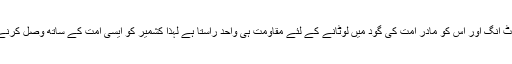
یہ امت مسلمہ کا جز لاینفک ہے نہ ہندوستان کا اٹوٹ انگ اور اس کو مادر امت کی گود میں لوٹانے کے لئے مقاومت ہی واحد راستا ہے لہذا کشمیر کو ایسی امت کے ساتھ وصل کرنے کی ضرورت ہے جو مقاومت پر یقین رکھتی ہو ۔